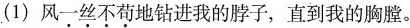
(1)风一丝不苟地钻进我的脖子，直到我的胸膛。